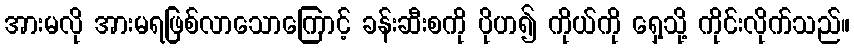
အားမလို အားမရဖြစ်လာသောကြောင့် ခန်းဆီးစကို ပိုဟ၍ ကိုယ်ကို ရှေ့သို့ ကိုင်းလိုက်သည်။